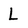
Character: L